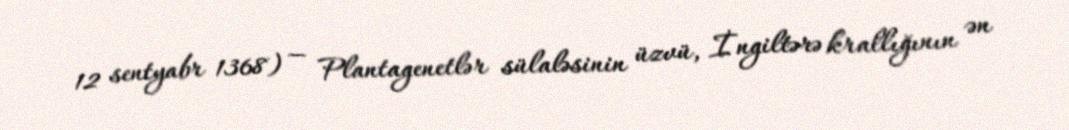
12 sentyabr 1368) — Plantagenetlər sülaləsinin üzvü, İngiltərə krallığının ən